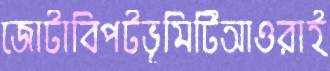
জোটাবিপটভূমিটিআওরাই